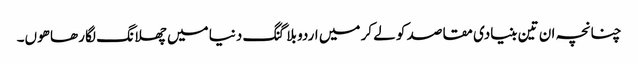
چنانچہ ان تین بنیادی مقاصد کو لے کر میں اردو بلاگنگ دنیا میں چھلانگ لگا رھا ھوں۔